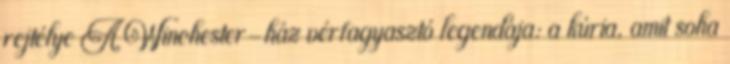
rejtélye A Winchester-ház vérfagyasztó legendája: a kúria, amit soha